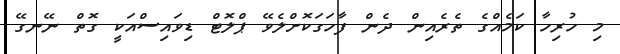
މި ހުރިހާ ކަމެއްގެ ތެރެއިން ދެން ފާހަގަކޮށްލެވޭ ޕްލޮޓް ޑިވައިސްއަކީ ގޮތް ނޭނގޭ